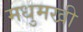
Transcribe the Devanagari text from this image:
मधुमखी